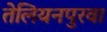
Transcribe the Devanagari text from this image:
तेलियनपुरवा